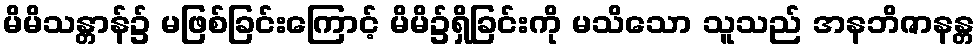
မိမိသန္တာန်၌ မဖြစ်ခြင်းကြောင့် မိမိ၌ရှိခြင်းကို မသိသော သူသည် အနဘိဇာနန္တ